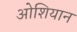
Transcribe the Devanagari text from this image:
ओशियान